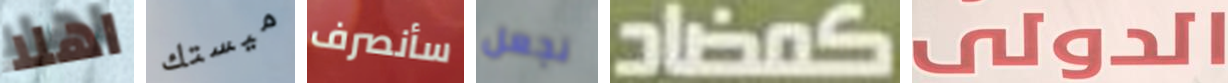
اهلا ميستك سأنصرف نجعل كمضاد الدولى